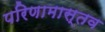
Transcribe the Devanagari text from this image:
परिणामास्तव